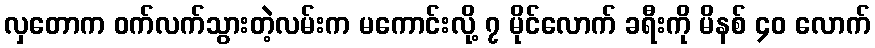
လှတောက ဝက်လက်သွားတဲ့လမ်းက မကောင်းလို့ ၇ မိုင်လောက် ခရီးကို မိနစ် ၄၀ လောက်